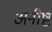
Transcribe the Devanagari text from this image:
अनीष्ट